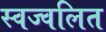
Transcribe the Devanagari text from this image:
स्वज्वलित